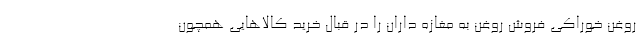
روغن خوراکی فروش روغن به مغازه داران را در قبال خرید کالاهایی همچون